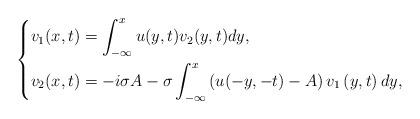
LaTeX: \begin{align*} \left\{ \begin{aligned} &v_1(x,t)=\int_{-\infty}^{x}u(y,t)v_2(y,t)dy, \\ &v_2(x,t)=-i\sigma A-\sigma \int_{-\infty}^{x}\left(u(-y,-t)-A\right)v_1\left(y,t\right)dy, \\ \end{aligned} \right. \end{align*}